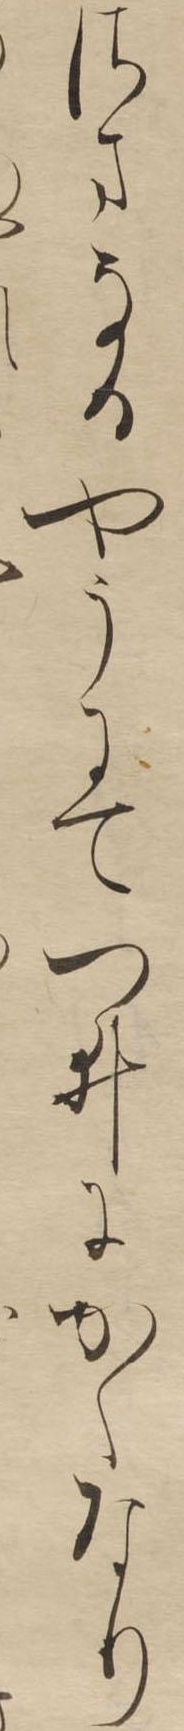
さまなるやうにてつゐにかくなり